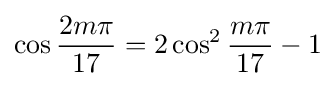
\cos {\frac {2m\pi }{17}}=2\cos ^{2}{\frac {m\pi }{17}}-1